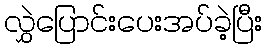
လွှဲပြောင်းပေးအပ်ခဲ့ပြီး